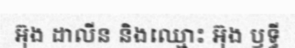
អ៊ុង ដាលីន និងឈ្មោះ អ៊ុង ឫទ្ធី